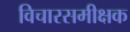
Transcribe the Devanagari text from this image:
विचारसमीक्षक